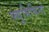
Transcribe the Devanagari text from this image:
फ्युमिचिनो